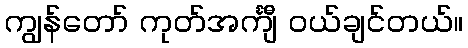
ကျွန်တော် ကုတ်အင်္ကျီ ဝယ်ချင်တယ်။